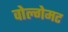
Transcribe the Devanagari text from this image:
वोल्गेमट